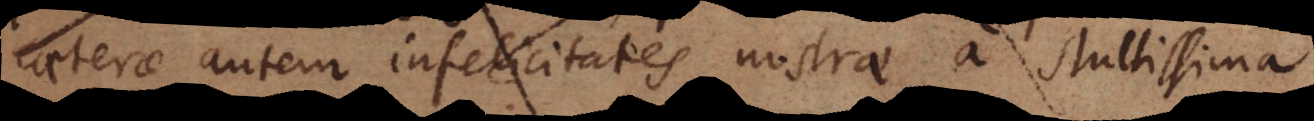
Caeterae autem infelicitates nostrae a stultissima